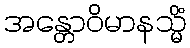
အန္တောဝိမာနသ္မိံ